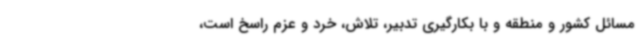
مسائل کشور و منطقه و با بکارگیری تدبیر، تلاش، خرد و عزم راسخ است،